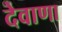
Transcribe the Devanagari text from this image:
देवाणा